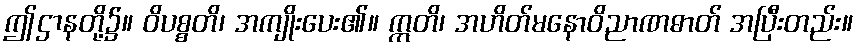
ဤဌာနတို့၌။ ဝိပစ္စတိ၊ အကျိုးပေး၏။ ဣတိ၊ အဟိတ်မနောဝိညာဏဓာတ် အပြီးတည်း။